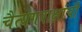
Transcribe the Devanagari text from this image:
चैत्यगवाक्षांची